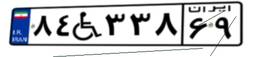
۳۶W۹۶۹۹۳